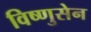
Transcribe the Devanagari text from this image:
विष्णुसेन